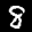
Label: 8